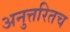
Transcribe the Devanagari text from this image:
अनुत्तरितच